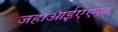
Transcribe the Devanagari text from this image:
जहांआईएएस